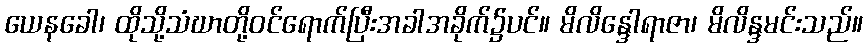
ယေနခေါ၊ ထိုသို့သံဃာတို့ဝင်ရောက်ပြီးအခါအခိုက်၌ပင်။ မိလိန္ဒေါရာဇာ၊ မိလိန္ဒမင်းသည်။